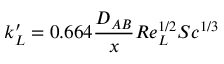
k _ { L } ^ { \prime } = 0 . 6 6 4 { \frac { D _ { A B } } { x } } R e _ { L } ^ { 1 / 2 } S c ^ { 1 / 3 }